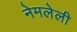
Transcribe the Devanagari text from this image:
नेमलेली